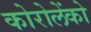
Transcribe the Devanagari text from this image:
कोरोलेंको